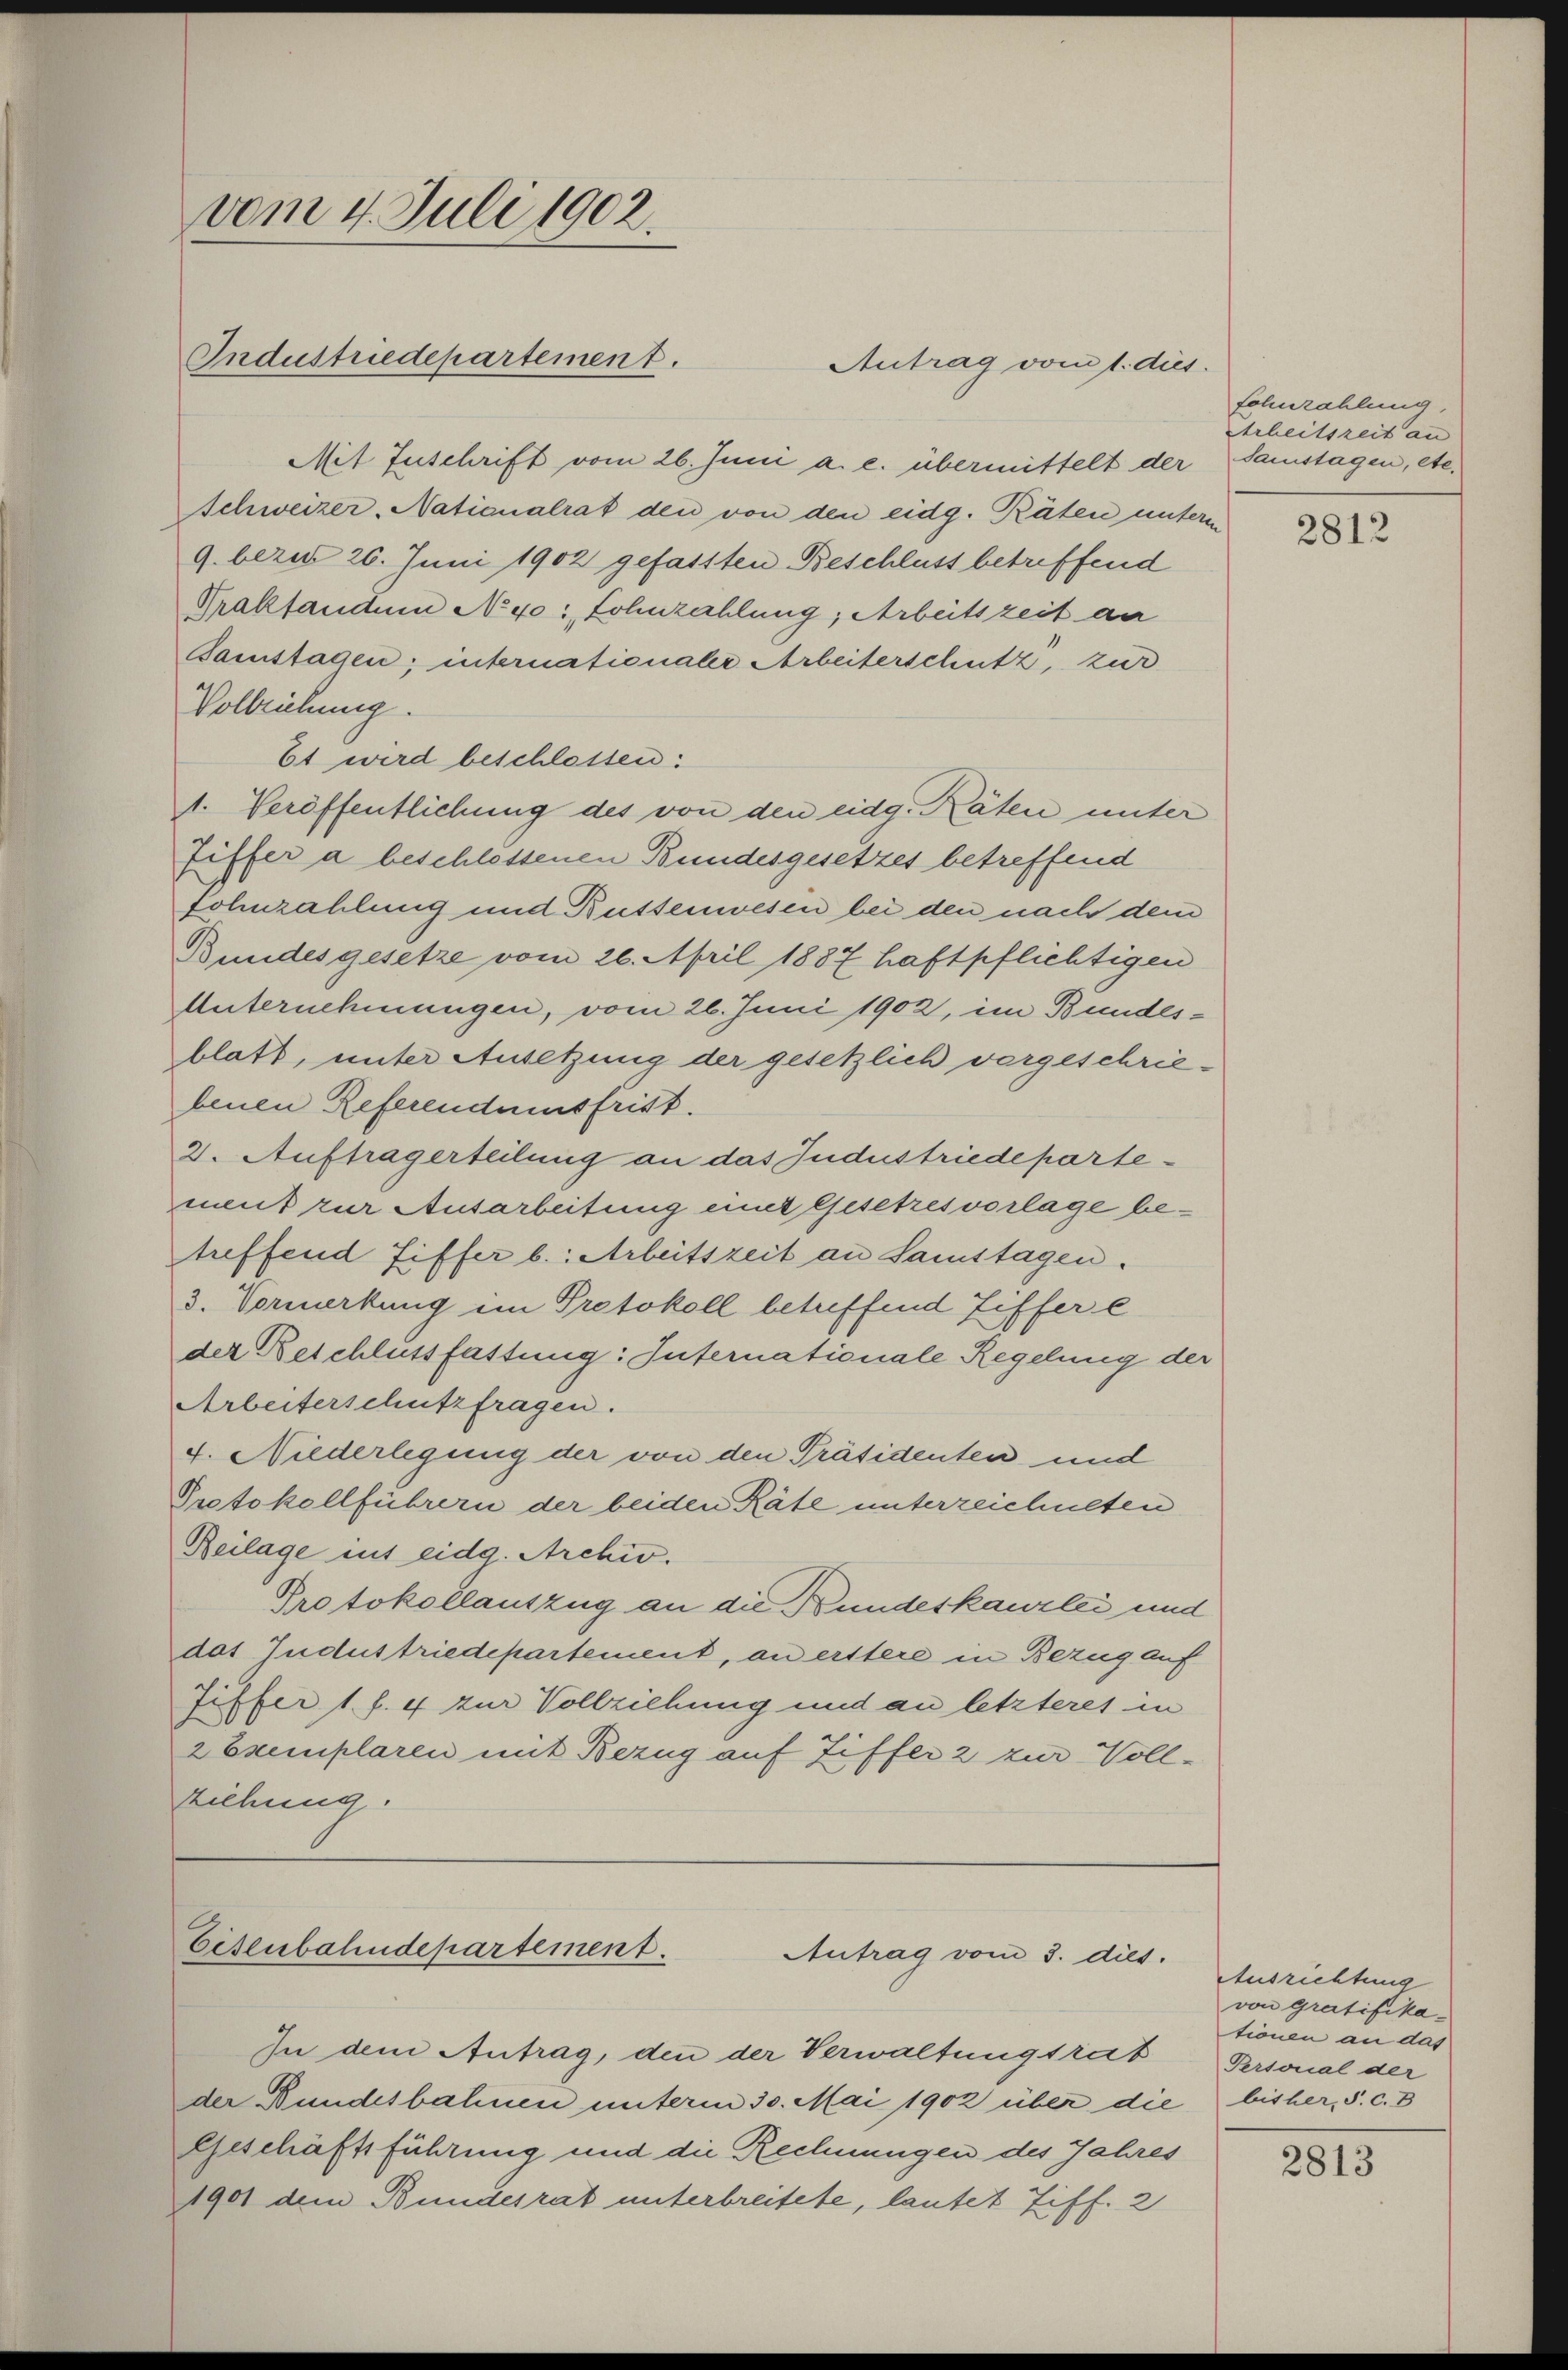
vom 4. Juli 1902.
Industriedepartement.

Mit Zuschrift vom 26. Juni a. c. übermittelt der Samstagen, etc.
Schweizer Nationalrat den von den eidg. Räten unterm
9. bezis 26. Juni 1902 gefassten Beschluss betreffend
Praktandum No 40: Lohnzahlung, Arbeitszeit da
Bamstagen; internationaler Arbeiterschutz, zur
Vollziehung.
Et wird beschlossen:
1. Veröffentlichung des von den eidg. Räten unter
fiffer a beschlossenen Bundesgesetzes betreffend
fohnzahlung und Küssenwesen bei den nach dem
Bundesgesetze vom 26. April 1887 haftpflichtigen
Unternehmungen, vom 26. Juni 1902, im Bundesblatt, unter Ansetzung der gesetzlich vergeschrie-
benen Referendumsfrist.
2. Auftragerteilung an das Jndustriedepartement zur Ausarbeitung einer Gesetzesvorlage betreffend Fiffer b.: Arbeitszeit an Samstagen.
3. Vormerkung im Protokoll betreffend Ziffer e
der Beschlussfassung: Internationale Regelung der
Arbeiterschutzfragen.
4. Niederlegung der von den Präsidenten und
Protokollführern der beiden Räte unterzeichneten
Beilage ins eidg. Archiv.
Protokollauszug an die Bundeskanzlei und
das Jndustriedepartement, an erstere in Bezug auf
fiffer 1. f. 4 zur Vollziehung und an letzteres in
2 Exemplaren mit Bezug auf Ziffer 2 zur Vollziehung.

Antrag vom 1. dies

Eisenbahndepartement.
Antrag vom 3. dies.

In dem Antrag, den der Verwaltungsrat
der Bundesbahnen unterm 30. Mai 1902 über die bisher, S. c. B
Geschäftsführung und die Rechnungen des Jahres
1901 dem Bundesrat unterbreitete, lautet Ziff. 2

fohnzahlung,
Arbeitszeit an
2812

Ausrichtung
von Gratifikationen an das
Personal der

2813